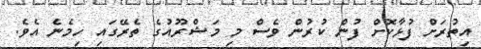
އިތުރަށް ފުޅާކޮށް ފުން ކުރުން ވެސް މި މަޝްރޫއުގެ ތެރޭގައި ހިމެނެ އެވެ.